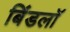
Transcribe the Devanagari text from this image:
बिंडलॉ